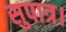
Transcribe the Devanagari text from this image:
सुपात्र।